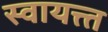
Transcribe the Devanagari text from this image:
स्वायत्त्त